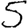
Digit: 5